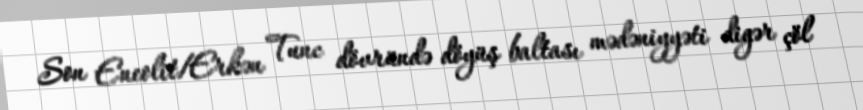
Son Eneolit/Erkən Tunc dövründə döyüş baltası mədəniyyəti digər çöl